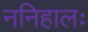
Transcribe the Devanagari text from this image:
ननिहालः